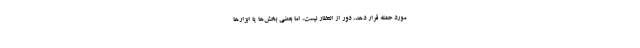
مورد حمله قرار دهد، دور از انتظار نیست، اما بعضی بخش‌ها یا ابزارها